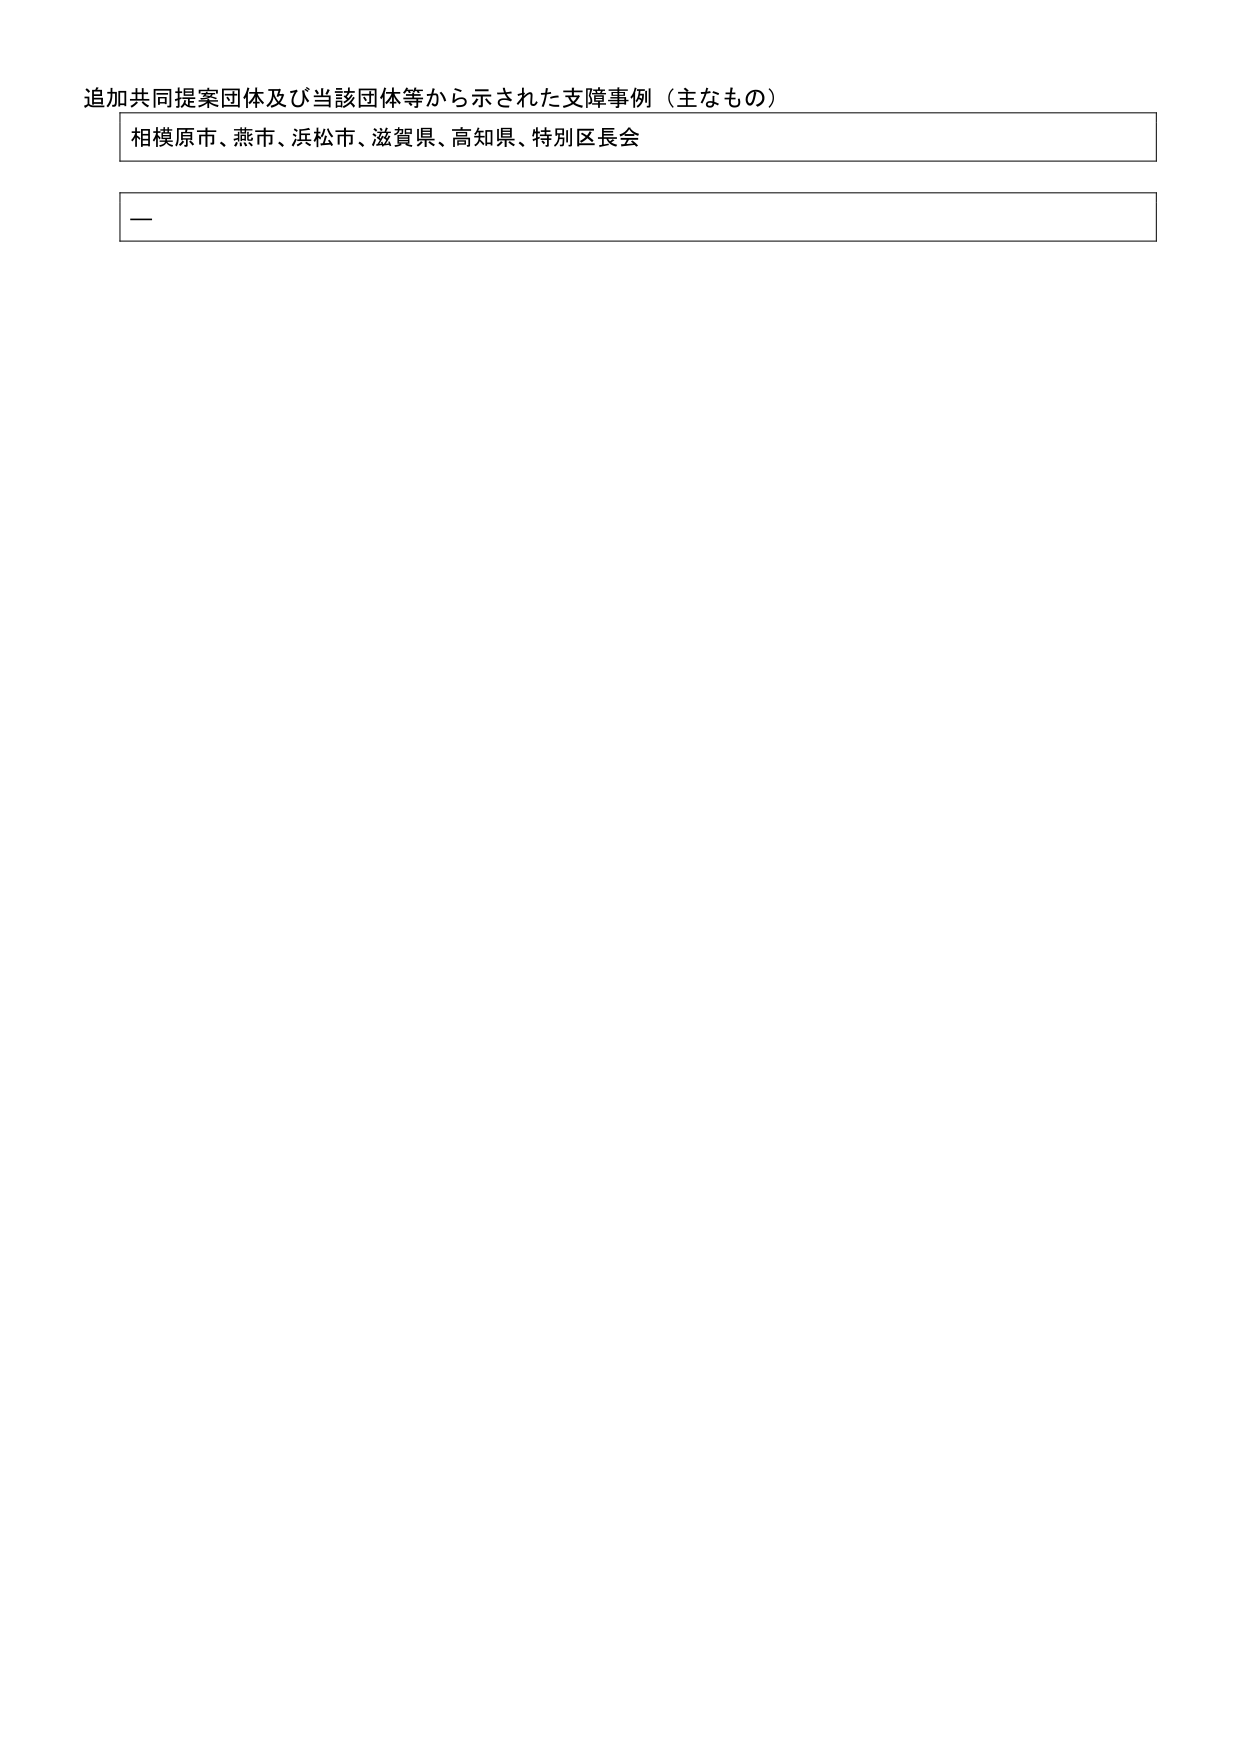
追加共同提案団体及び当該団体等から示された支障事例（主なもの）

相模原市、燕市、浜松市、滋賀県、高知県、特別区長会

ー